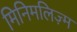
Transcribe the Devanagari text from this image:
मिनिमलिज़्म